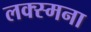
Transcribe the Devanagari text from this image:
लक्स्मना